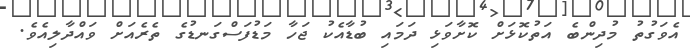
އެވަގުތު މުދިންބެ އަތުކޮޅަށް ކޮށާވަޅި ދަމައި ބުޑާއެކު ޖަހާ މަޑުފަސްގަނޑުގެ ތެރެއަށް ވައްދާލިއެވެ.